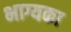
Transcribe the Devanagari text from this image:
भाग्यका